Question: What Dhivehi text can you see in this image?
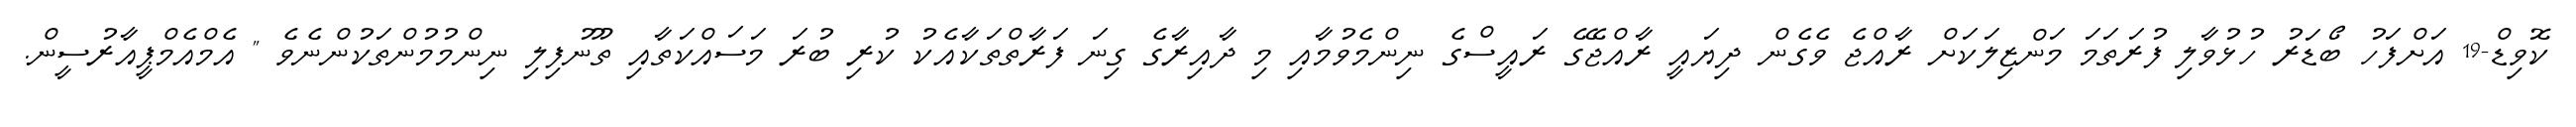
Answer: ކޮވިޑް-19 އަށްފަހު ބޯޑަރު ހުޅުވާލި ފުރަތަމަ މަންޒިލަކަށް ރާއްޖެ ވެގެން ދިޔައީ ރާއްޖޭގެ ރައީސްގެ ނިންމެވުމާއި މި ދާއިރާގެ ގިނަ ފަރާތްތަކާއެކު ކުރި ބުރަ މަސައްކަތާއި ތޫނުފިލި ނިންމުމުންތަކުންނެވެ " އެމްއެމްޕީއާރުސީން.